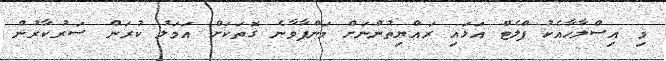
މި އިސްލާހާއެކު ފްލެޓް އަޅައި ރައްޔިތުންނަށް މަންފާވާނެ ގޮތަކަށް އަމަލު ކުރަން ސަރުކާރުން